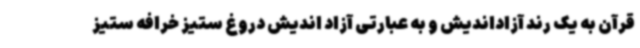
قرآن به یک رند آزاداندیش و به عبارتی آزاد اندیش دروغ ستیز خرافه ستیز